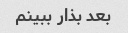
بعد بذار ببینم